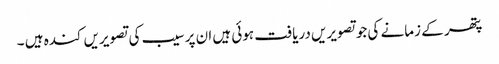
پتھر کے زمانے کی جوتصویریں دریافت ہوئی ہیں ان پر سیب کی تصویریں کندہ ہیں ۔